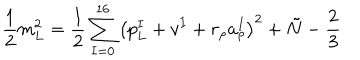
\frac { 1 } { 2 } m _ { L } ^ { 2 } = \frac { 1 } { 2 } \sum _ { I = 0 } ^ { 1 6 } \left( p _ { L } ^ { I } + v ^ { I } + r _ { \rho } a _ { \rho } ^ { I } \right) ^ { 2 } + \tilde { N } - \frac { 2 } { 3 }